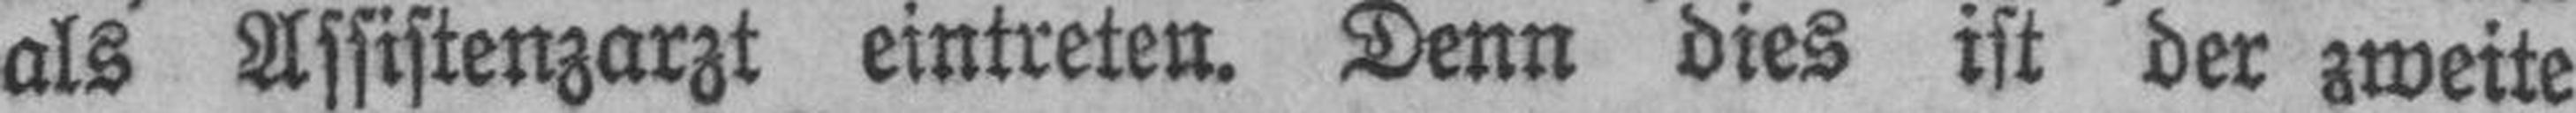
als Assistenzarzt eintreten. Denn dies ist der zweite